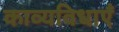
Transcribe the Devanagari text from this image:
काव्यविधाएँ